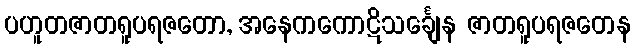
ပဟူတဇာတရူပရဇတော, အနေကကောဋိသင်္ချေန ဇာတရူပရဇတေန